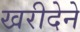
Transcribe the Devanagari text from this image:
खरीदेने